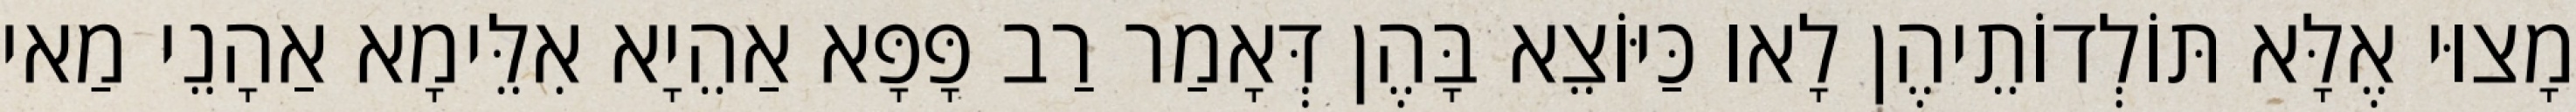
מָצוּי אֶלָּא תּוֹלְדוֹתֵיהֶן לָאו כַּיּוֹצֵא בָּהֶן דְּאָמַר רַב פָּפָּא אַהֵיָא אִלֵּימָא אַהָנֵי מַאי